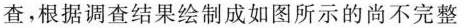
查，根据调查结果绘制成如图所示的尚不完整